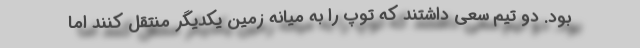
بود. دو تیم سعی داشتند که توپ را به میانه زمین یکدیگر منتقل کنند اما